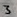
Text: 3